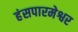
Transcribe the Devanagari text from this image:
हंसपारमेश्वर